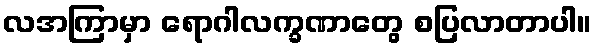
လအကြာမှာ ရောဂါလက္ခဏာတွေ စပြလာတာပါ။